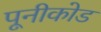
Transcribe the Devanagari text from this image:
पूनीकोड